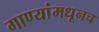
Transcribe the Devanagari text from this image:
गाण्यांमधूनच